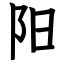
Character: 阳